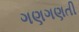
ગણગણતી